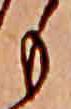
も